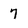
Character: 7